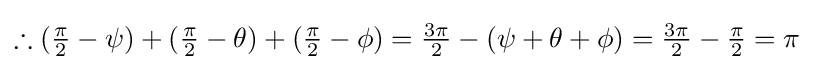
\therefore ({\tfrac {\pi }{2}}-\psi )+({\tfrac {\pi }{2}}-\theta )+({\tfrac {\pi }{2}}-\phi )={\tfrac {3\pi }{2}}-(\psi +\theta +\phi )={\tfrac {3\pi }{2}}-{\tfrac {\pi }{2}}=\pi